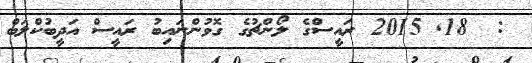
:  18